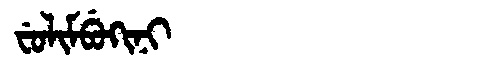
Manchu: ᠸᡠᠯᡳᠮᠪᡠᡴᡳᠨᡳ
Romanization: FULIMBUKINI